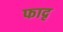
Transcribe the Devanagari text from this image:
फादृ